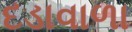
દડાવાળા